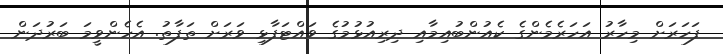
ފަހަރަށް މިހާރު އަހަރެމެންގެ ކެއުންބުއިމާއި ދިރިއުޅުމުގެ ވައްޓަފާޅި ވަރަށް ތަފާތު. އެހެންވީމަ ބަރުދަން